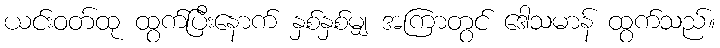
ယင်းဝတ်ထု ထွက်ပြီးနောက် နှစ်နှစ်မျှ အကြာတွင် ဒေါသမာန် ထွက်သည်။